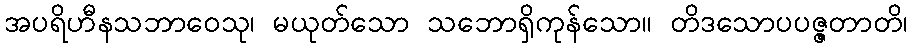
အပရိဟီနသဘာဝေသု၊ မယုတ်သော သဘောရှိကုန်သော။ တိဒသောပပဇ္ဇတာတိ၊